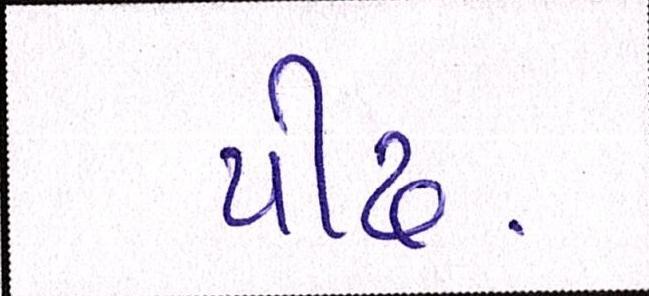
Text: પીઢ